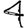
Digit: 4